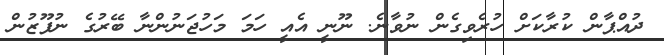
ދުއްޕާން ކުރާކަށް ހުރެވިގެން ނުވާނެ. ނޫނީ އެއީ ހަމަ މަހުޖަނުންނާ ބޭރުގެ ނުފޫޒުން